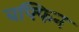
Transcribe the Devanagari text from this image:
बफ्फिन